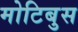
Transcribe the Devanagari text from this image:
मोटिबुस